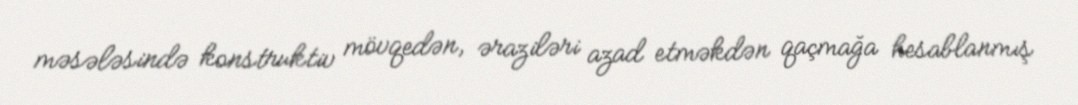
məsələsində konstruktiv mövqedən, əraziləri azad etməkdən qaçmağa hesablanmış